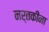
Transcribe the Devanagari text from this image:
नर्तकींना